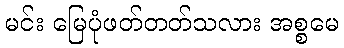
မင်း မြေပုံဖတ်တတ်သလား အစ္စမေ